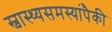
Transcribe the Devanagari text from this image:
स्वास्थ्यसमस्यांपैकी